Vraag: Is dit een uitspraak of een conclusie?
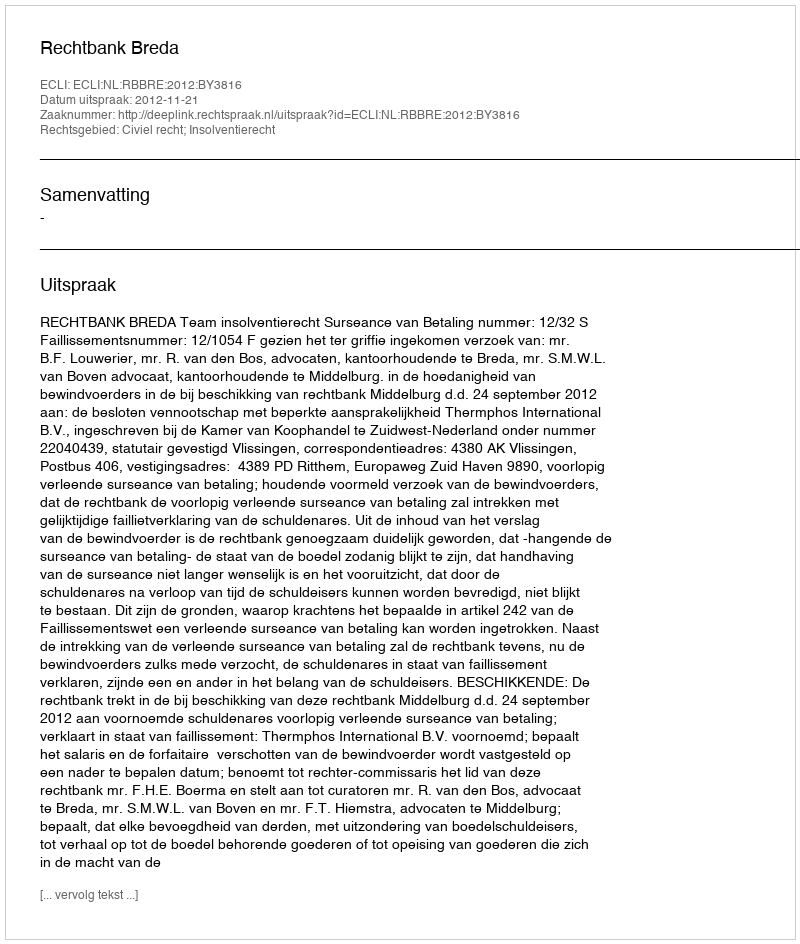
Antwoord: Uitspraak